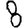
Digit: 8